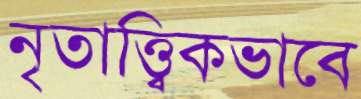
নৃতাত্ত্বিকভাবে